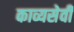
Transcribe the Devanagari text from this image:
काव्यसेवी